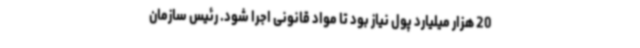
20 هزار میلیارد پول نیاز بود تا مواد قانونی اجرا شود. رئیس سازمان